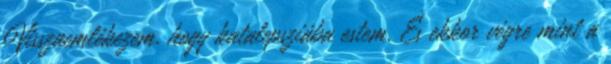
Visszaemlékezem, hogy katalepsziába estem. És ekkor végre mint a